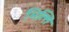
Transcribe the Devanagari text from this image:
भित्‍ति